Annual report of the Madras Medical College
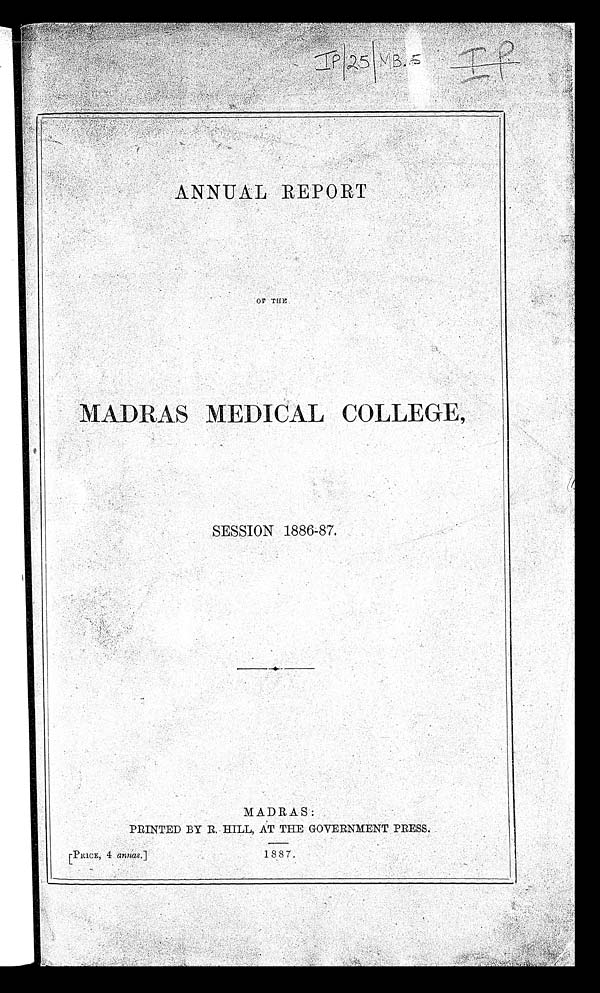
•
IP/25/MB.5
ANNUAL REPORT
OF THE
MADRAS MEDICAL COLLEGE,
SESSION 1886-87.
MADRAS:
PRINTED BY R. HILL, AT THE GOVERNMENT PRESS.
[PRICE, 4 annas.]
1887.